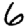
Digit: 6